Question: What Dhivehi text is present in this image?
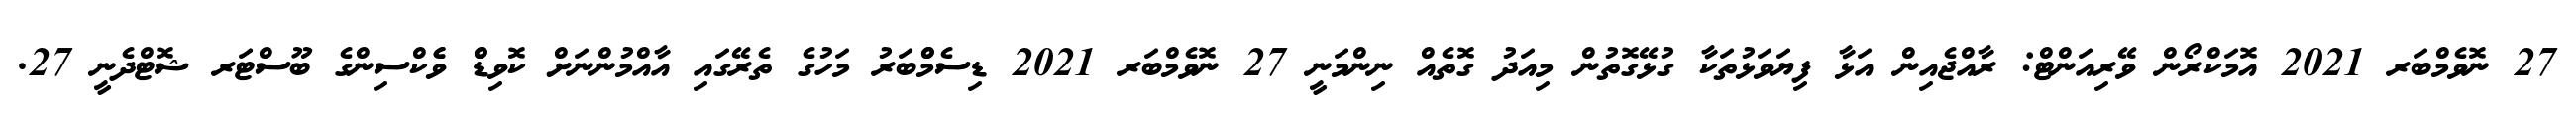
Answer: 27 ނޮވެމްބަރ 2021 އޮމަކްރޯން ވޭރިއަންޓް: ރާއްޖެއިން އަޅާ ފިޔަވަޅުތަކާ ގުޅޭގޮތުން މިއަދު ގޮތެއް ނިންމަނީ 27 ނޮވެމްބަރ 2021 ޑިސެމްްބަރު މަހުގެ ތެރޭގައި އާއްމުންނަށް ކޮވިޑްް ވެެކްސިންގެ ބޫސްޓަރ ޝޮޓްދެނީ 27.